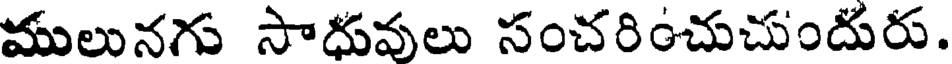
ములునగు సాధువులు సంచరించుచుందురు.